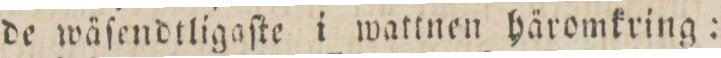
de wäſendtligaſte i wattnen häromkring: